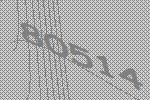
80514